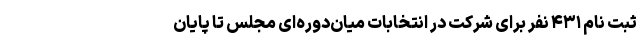
ثبت نام ۴۳۱ نفر برای شرکت در انتخابات میان‌دوره‌ای مجلس تا پایان